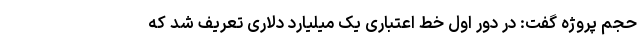
حجم پروژه گفت: در دور اول خط اعتباری یک میلیارد دلاری تعریف شد که